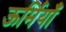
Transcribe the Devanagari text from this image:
ऊर्मियाँ